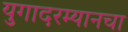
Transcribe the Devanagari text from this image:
युगादरम्यानचा